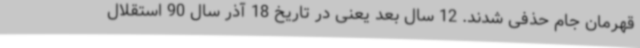
قهرمان جام حذفی شدند. 12 سال بعد یعنی در تاریخ 18 آذر سال 90 استقلال